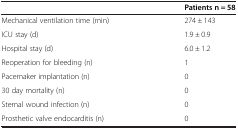
|  | Patients n = 58 |
 | --- | --- |
 | Mechanical ventilation time (min) | 274 ± 143 |
 | ICU stay (d) | 1.9 ± 0.9 |
 | Hospital stay (d) | 6.0 ± 1.2 |
 | Reoperation for bleeding (n) | 1 |
 | Pacemaker implantation (n) | 0 |
 | 30 day mortality (n) | 0 |
 | Sternal wound infection (n) | 0 |
 | Prosthetic valve endocarditis (n) | 0 |